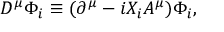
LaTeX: D ^ { \mu } \Phi _ { i } \equiv ( \partial ^ { \mu } - i X _ { i } A ^ { \mu } ) \Phi _ { i } ,